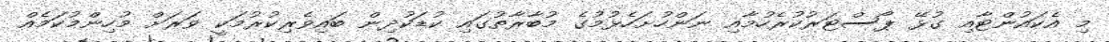
މި އެކައުންޓާއި ގުޅޭ ޕޯސްޓަރުކުރެހުމާއި ނަންހުށަހެޅުމުގެ މުބާރާތުގައި ކުޑަކުދިން ބައިވެރިކުރުމަކީ ވަރަށް މުހިންމުކަމެއް